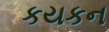
કયકન